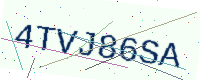
Text: 4TVJ86SA